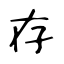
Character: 存